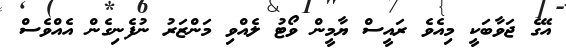
އޭގެ ޖަވާބަކީ މިއެވެ ރައީސް ޔާމީން ވޯޓު ލެއްވި މަންޒަރު ނުފެނިގެން އެއްވެސް